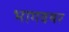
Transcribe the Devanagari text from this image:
भागवथर